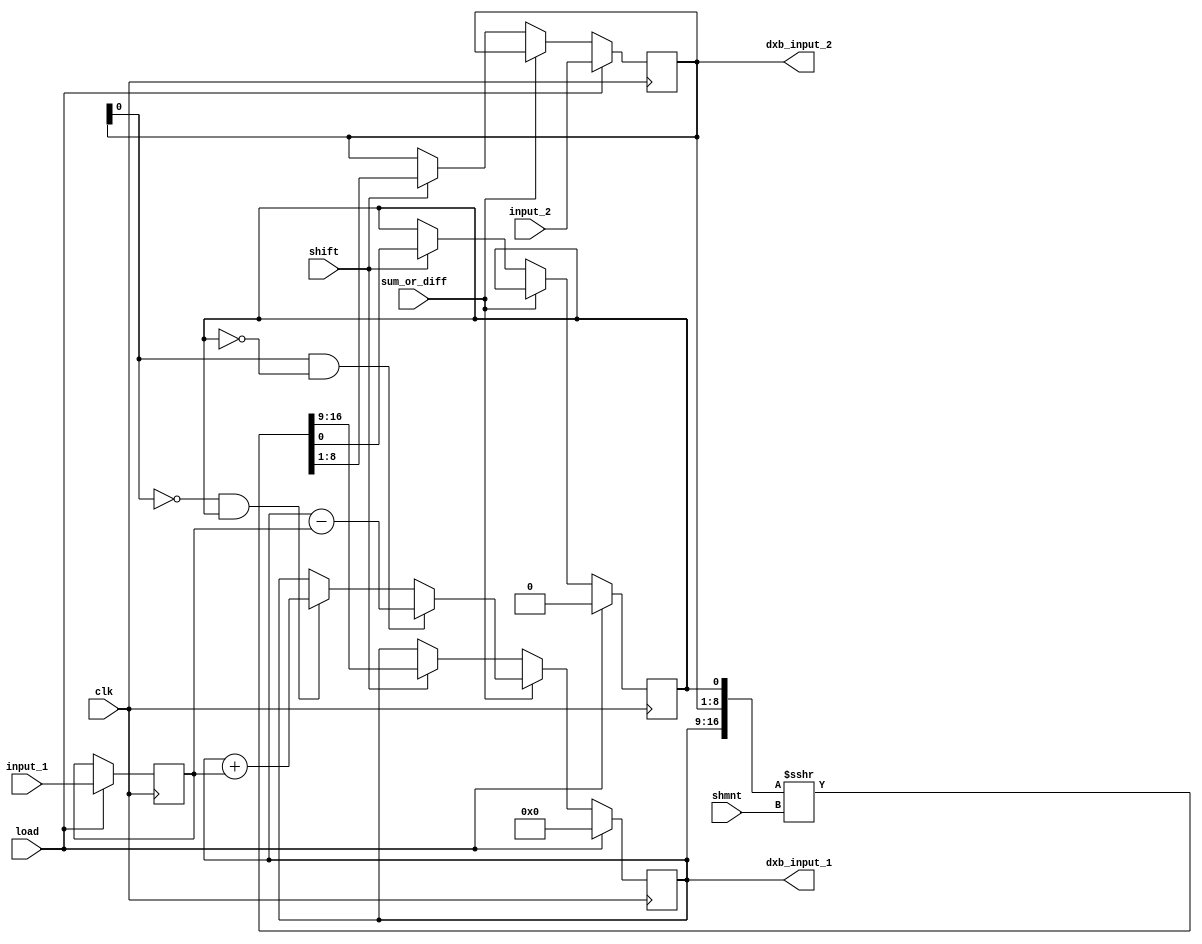
`timescale 1ns/1ns
module data_path(input clk, input [7:0] input_1, input [7:0] input_2, output reg [7:0] dxb_input_1, output reg [7:0] dxb_input_2, input load, input sum_or_diff, input shift, input [3:0] shmnt);
	reg [7:0] M;
	reg LSB;
	always @(posedge clk)
	begin
		if (load)
		begin
			 M <= input_1;
			 dxb_input_1 <= 0;
			 dxb_input_2 <= input_2;
			 LSB <= 0;
		end
		else if (sum_or_diff)
		begin
			if (dxb_input_2[0] == 1 && LSB == 0)
				dxb_input_1 <= dxb_input_1 - M;
			else if (dxb_input_2[0] == 0 && LSB == 1)
				dxb_input_1 <= dxb_input_1 + M;
		end
		else if (shift)
			{dxb_input_1, dxb_input_2, LSB} <= $signed({dxb_input_1, dxb_input_2, LSB}) >>> shmnt;
	end
endmodule